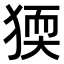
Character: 𤟦